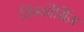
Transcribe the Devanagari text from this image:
डिस्कोर्सिज़